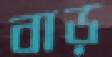
বাড়